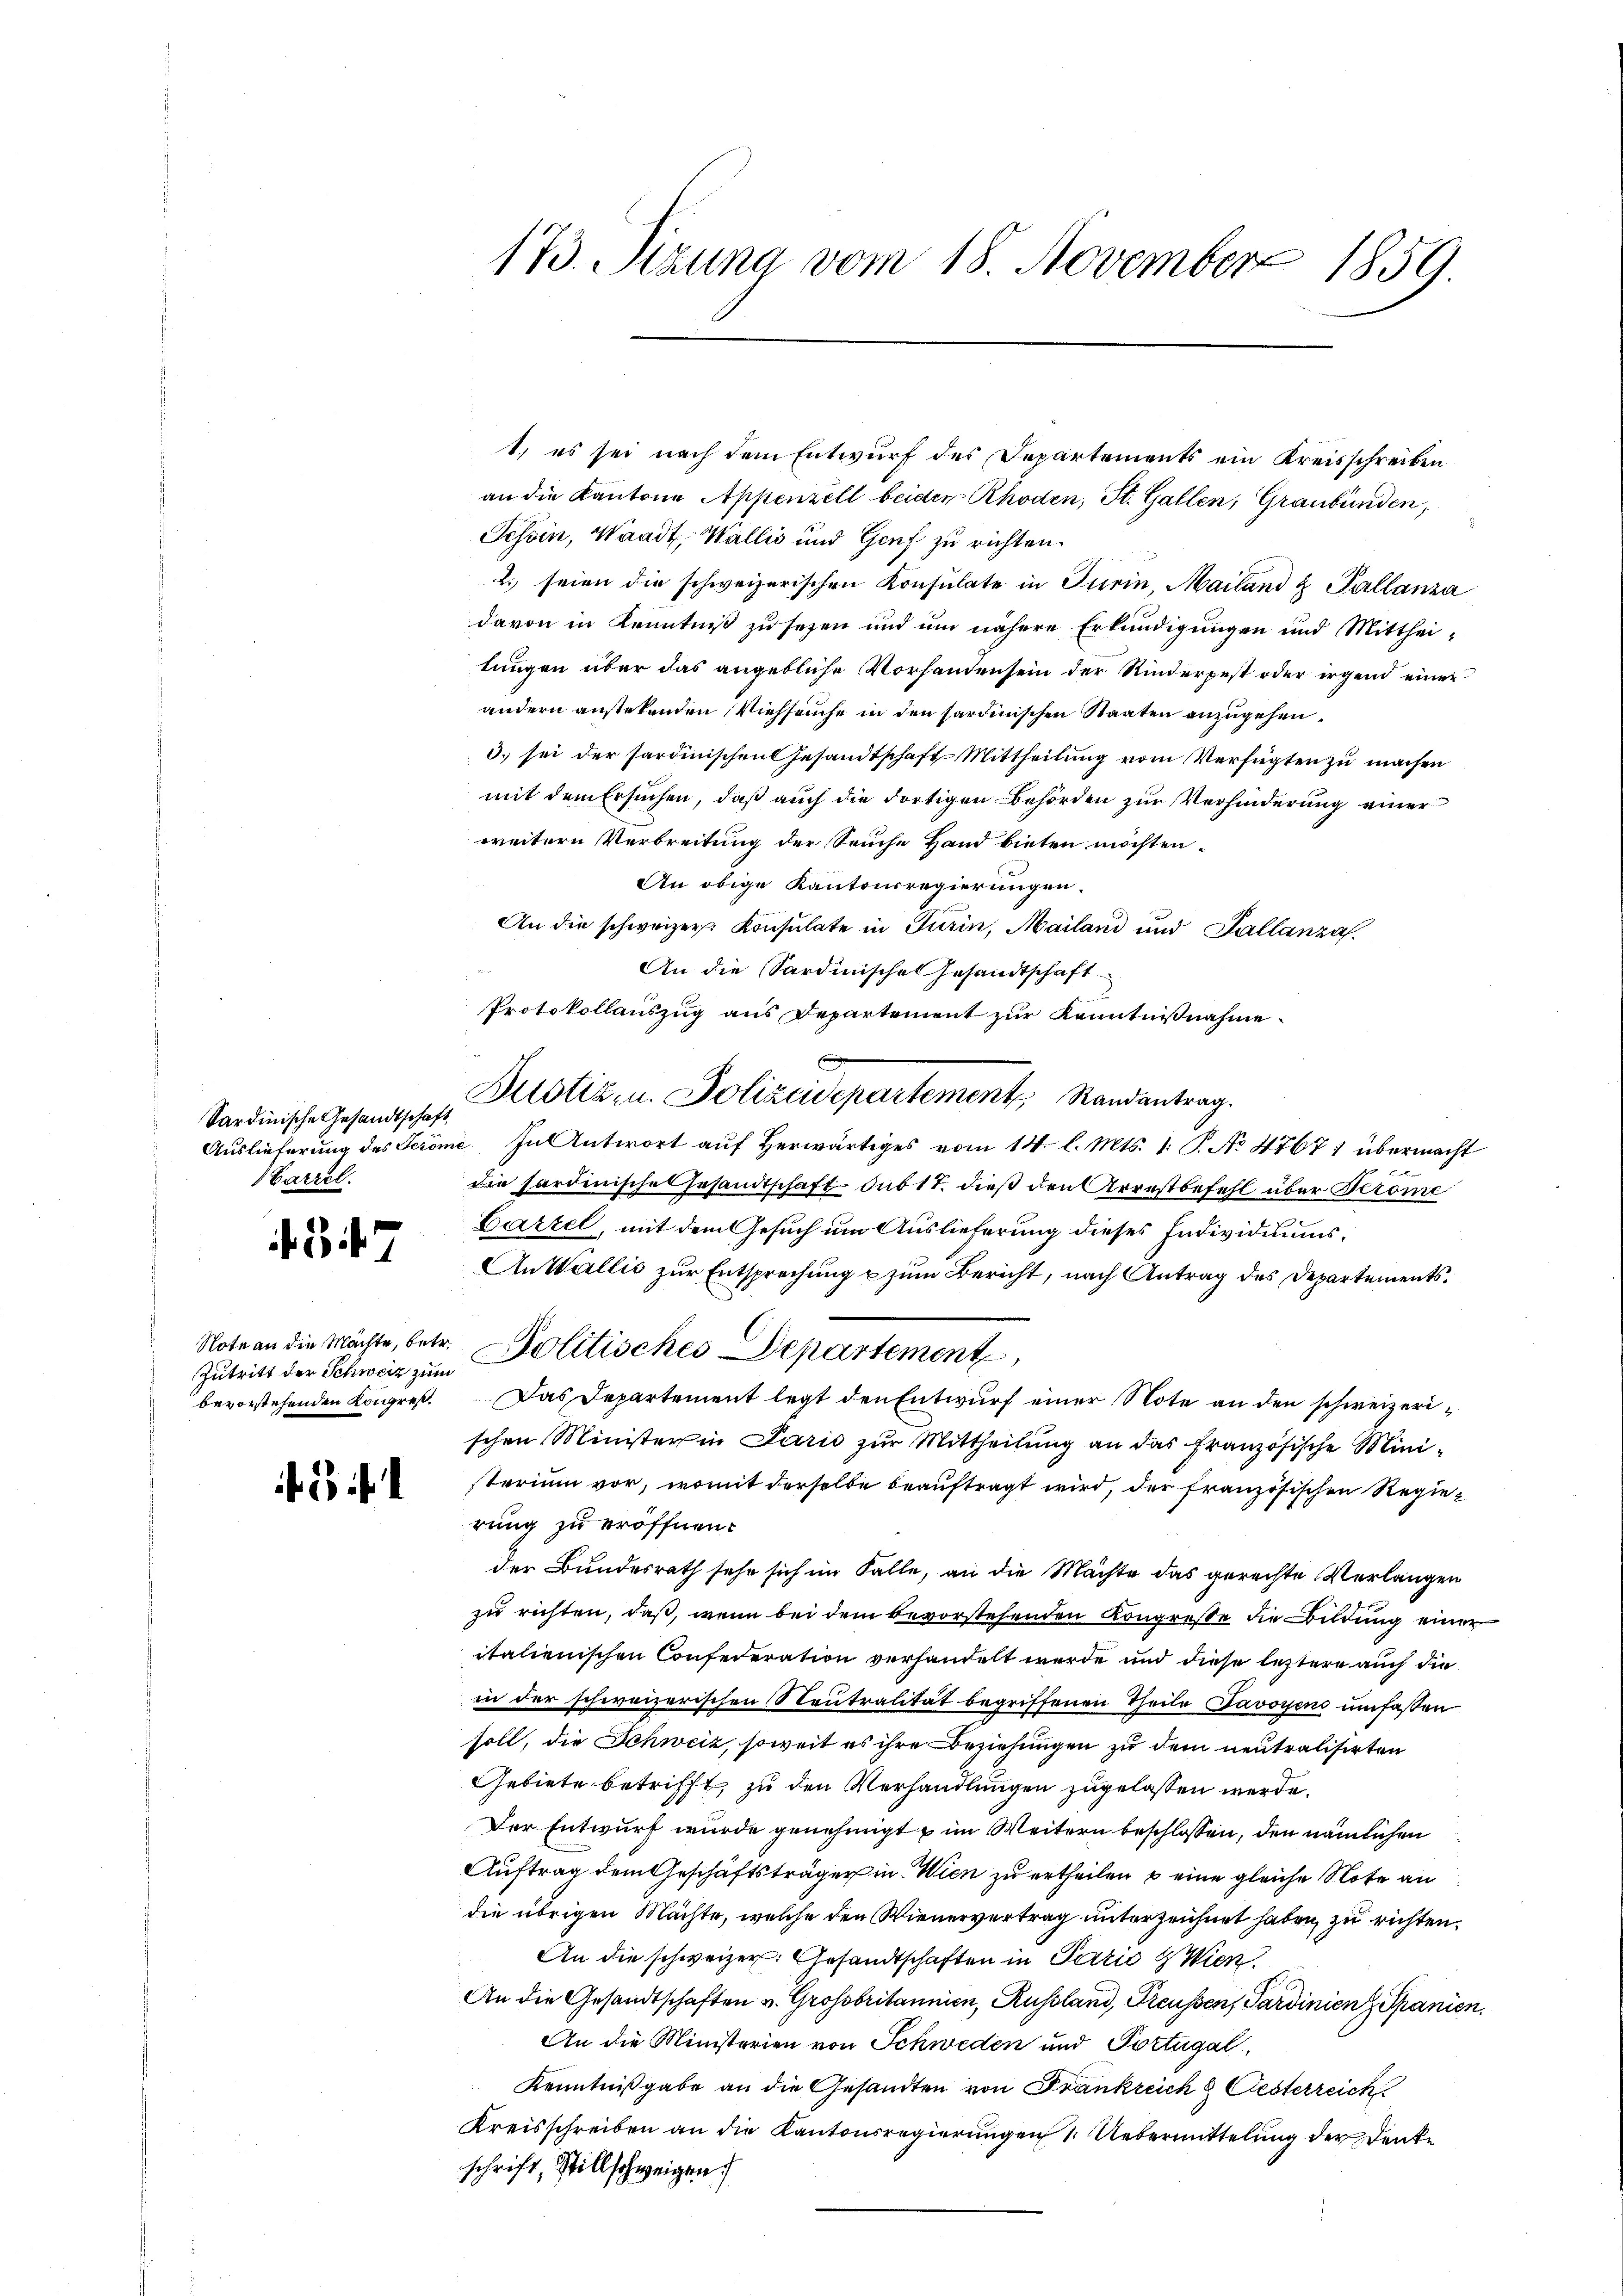
Sardinische Gesandtschaft,
Carzel.

247

Zutritt der Schweiz zum
bevorstehenden Kongres.

1.) es sei nach dem Entwurf des Departements ein Kreisschreiben
an die Kantone Appenzell beiden Rhoden, St. Gallen, Graubünden,
Tessin, Waadt, Wallis und Genf zu richten.
2. seien die schweizerischen Konsulate in Turin, Mailand & Pallanza
davon in Kenntniß zu sezen und um nähere Erkundigungen und Mittheitungen über das angebliche Vorhandensein der Kinderpest oder irgend einen
andern anstetenden Viehseuche in den sardinischen Staaten anzugehen.
3) sei der sardinischen Gesandtschaft Mittheilung vom Verfügten zu machen
mit dem Ersuchen, daß auch die dortigen Behörden zur Verhinderung einer
weitern Verbreitung der Seuche Hand bieten möchten.
An obige Kantonsregierungen.
An die schweizer Konsulate in Turin, Mailand und Pallanza
An die Sardinischen Gesandtschaft
Protokollauszug aus Departement zur Kenntnißnahme
x
Zustiz- u. Polizeidepartement, Randantrag.
Auslieferung des Seröme. In Antwort auf herwärtiges vom 14. l. Mts. 1. P. No 47671 übermacht
die fordenische Gesandtschaft sub 17 dieß den Arrestbefehl über Prome
Gartel, mit dem Gesuch um Auslieferung dieses Individiums¬
An Wallis zur Entsprechung u zum Bericht, nach Antrag des Departements¬
Note an die Mächte, betr. Politisches Departement,
Das Departement legt den Entwurf einer Note an den schweizerischen Minister in Paris zŭr Mittheilung an das französische Mini-
sterium vor, womit derselbe beauftragt wird, der französischen Regierung zu eröffnen.
der Bundesrath sehe sich im Falle, an die Machte das gerechte Verlangen
zu richten, daß, wenn bei dem bevorstehenden Kongresse die Bildung einer
italienischen Consederation verhandelt werde und diese leztere auch die
in der schweizerischen Steutralität begriffenen Theile Javoyens umfaßen
soll, die Schweiz, soweit es ihre Beziehungen zu dem neutralisirten
Gebiete betrifft zu den Verhandlungen zugelassen werde.
Der Entwurf wurde genehmigt & im Weitern beschlossen, den nämlichen
Auftrag dem Geschäftsträger in Wien zu ertheilen u eine gleiche Note an
die übrigen Mächte, welche den Wienervertrag unterzeichnet haben, zu richten.
An die schweizer. Gesandtschaften in Perić & Wien
An die Gesandtschaften v. Grossbritannien, Russland, Freussen, Sardinien Spanien,
An die Ministerien von Schweden und Portugal,
Kenntnißgabe an die Gesandten von Frankreich & Oesterreich
Kreisschreiben an die Kantonsregierungen 1. Uebermittelung der Denke
schrift, Stillschweigen

173. Sizung vom 18. November 1859.